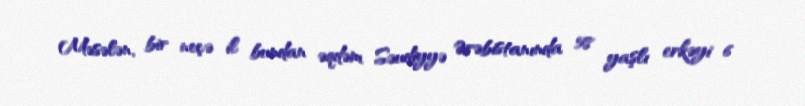
Məsələn, bir neçə il bundan əqdəm Səudiyyə Ərəbistanında 58 yaşlı erkəyi 6